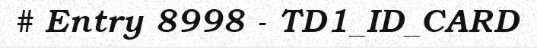
# Entry 8998 - TD1_ID_CARD